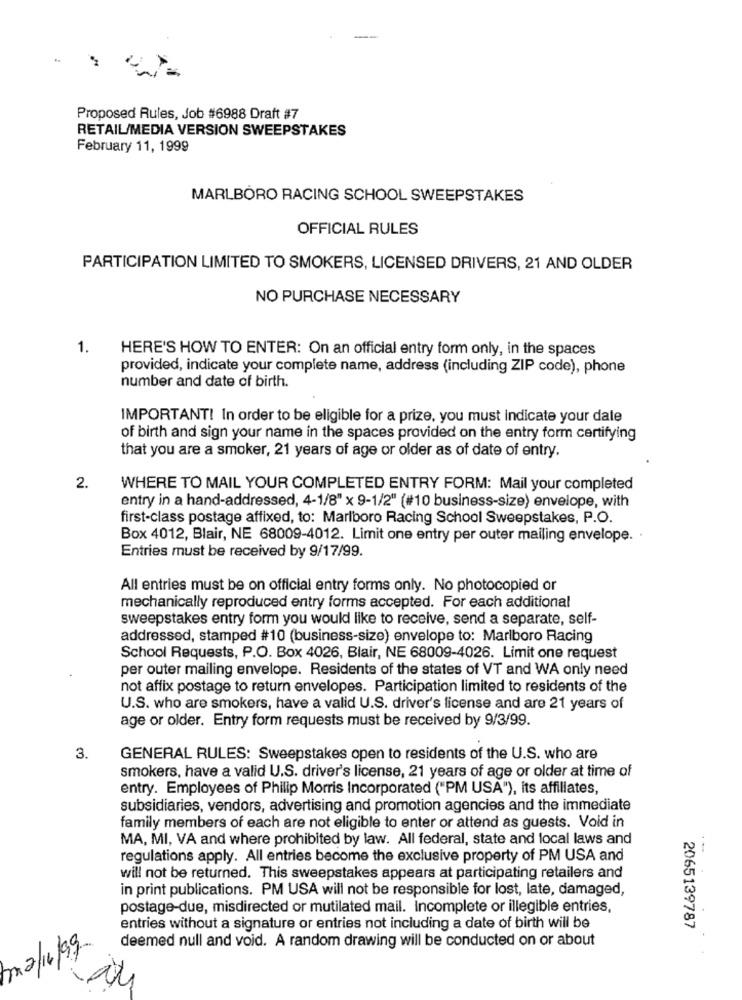
Proposed Rules, Job #6988 Draft #7
RETAIL/MEDIA VERSION SWEEPSTAKES
February 11, 1999
MARLBORO RACING SCHOOL SWEEPSTAKES
OFFICIAL RULES
PARTICIPATION LIMITED TO SMOKERS, LICENSED DRIVERS, 21 AND OLDER
NO PURCHASE NECESSARY
1.
HERE'S HOW TO ENTER: On an official entry form only, in the spaces
provided, indicate your complete name, address (including ZIP code), phone
number and date of birth.
IMPORTANT! In order to be eligible for a prize, you must indicate your date
of birth and sign your name in the spaces provided on the entry form certifying
that you are a smoker, 21 years of age or older as of date of entry.
2.
WHERE TO MAIL YOUR COMPLETED ENTRY FORM: Mail your completed
entry in a hand-addressed, 4-1/8" x 9-1/2" (#10 business-size) envelope, with
first-class postage affixed, to: Marlboro Racing School Sweepstakes, P.O.
Box 4012, Blair, NE 68009-4012. Limit one entry per outer mailing envelope. .
Entries must be received by 9/17/99.
All entries must be on official entry forms only. No photocopied or
mechanically reproduced entry forms accepted. For each additional
sweepstakes entry form you would like to receive, send a separate, self-
addressed, stamped #10 (business-size) envelope to: Marlboro Racing
School Requests, P.O. Box 4026, Blair, NE 68009-4026. Limit one request
per outer mailing envelope. Residents of the states of VT and WA only need
not affix postage to return envelopes. Participation limited to residents of the
U.S. who are smokers, have a valid U.S. driver's license and are 21 years of
age or older. Entry form requests must be received by 9/3/99.
3.
GENERAL RULES: Sweepstakes open to residents of the U.S. who are
smokers, have a valid U.S. driver's license, 21 years of age or older at time of
entry. Employees of Philip Morris Incorporated ("PM USA"), its affiliates,
subsidiaries, vendors, advertising and promotion agencies and the immediate
family members of each are not eligible to enter or attend as guests. Void in
MA, MI, VA and where prohibited by law. All federal, state and local laws and
regulations apply. All entries become the exclusive property of PM USA and
will not be returned. This sweepstakes appears at participating retailers and
in print publications. PM USA will not be responsible for lost, late, damaged,
postage-due, misdirected or mutilated mail. Incomplete or illegible entries,
entries without a signature or entries not including a date of birth will be
2065139787
deemed null and void. A random drawing will be conducted on or about
mi2/14/99-